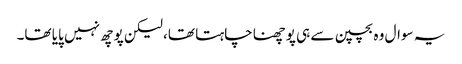
یہ سوال وہ بچپن سے ہی پوچھنا چاہتا تھا، لیکن پوچھ نہیں پایا تھا۔